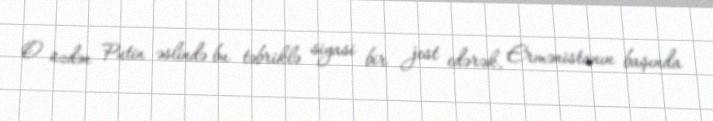
O üzdən Putin əslində bu təbriklə siyasi bir jest edərək, Ermənistanın başında